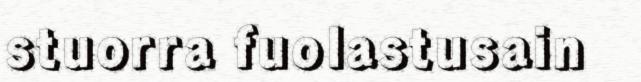
stuorra fuolastusain